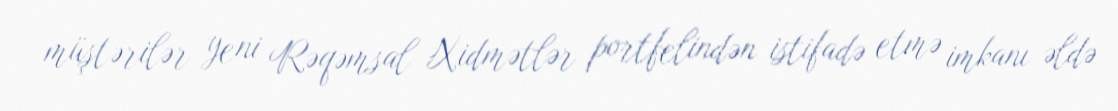
müştərilər yeni Rəqəmsal Xidmətlər portfelindən istifadə etmə imkanı əldə